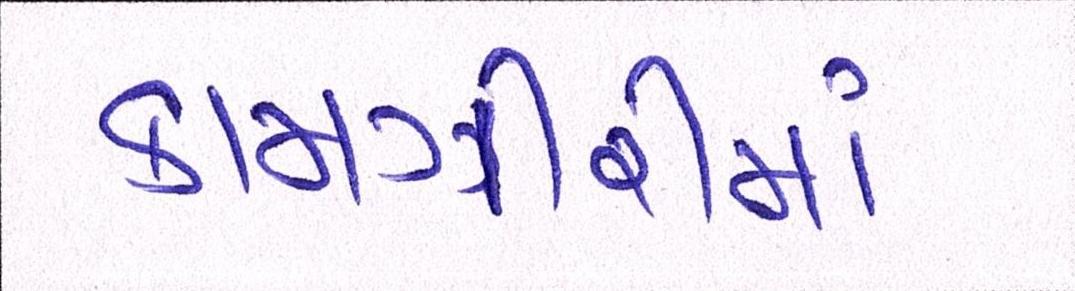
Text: કામગીરીમાં